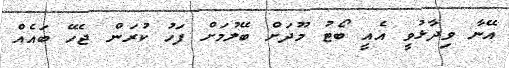
އޭނާ ވިދާޅުވީ އެއީ ބޯޓު މޫދަށް ބޭލުމަށް ފަހު ކުރަން ޖެހޭ ބައެއް